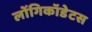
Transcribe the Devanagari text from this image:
लोंगिकॉडेटस